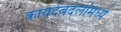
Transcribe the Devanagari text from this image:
कायदेबदलांमध्ये